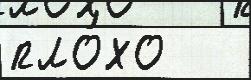
пло́хо